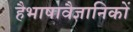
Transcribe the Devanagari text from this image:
हैभाषावैज्ञानिकों